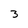
Character: 3